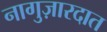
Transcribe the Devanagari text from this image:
नागुज़ारदात